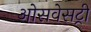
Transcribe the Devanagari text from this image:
ओसवेसट्री